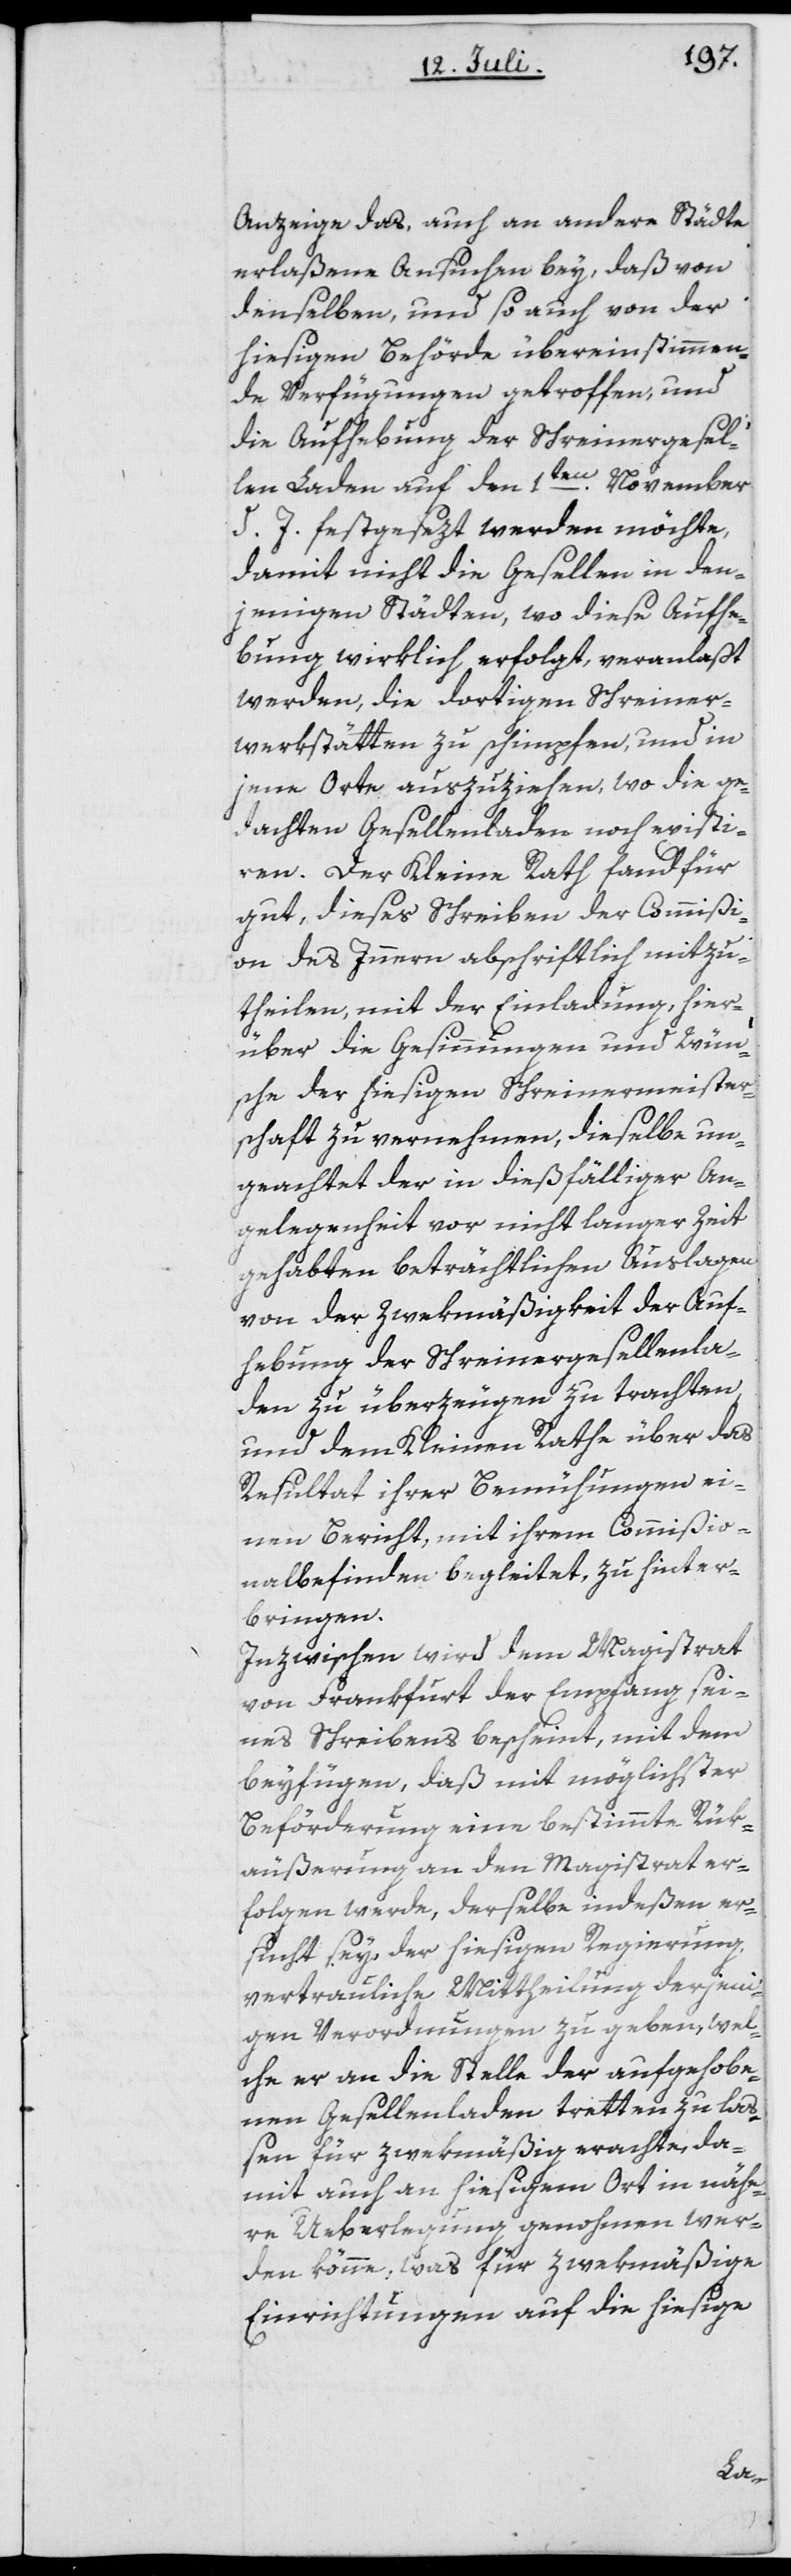
Anzeige das, auch an andere Städte
erlaßene Ansuchen bey, daß von
denselben, und so auch von der
hiesigen Behörde übereinstimmen¬
de Verfügungen getroffen, und
die Aufhebung der Schreinergesel¬
len Laden auf den 1ten November
d. J. festgesezt werden möchte,
damit nicht die Gesellen in den¬
jenigen Städten, wo diese Aufhe¬
bung wirklich erfolgt, veranlasst
werden, die dortigen Schreiner¬
werkstätten zu schimpfen, und in
jene Orte auszuziehen, wo die ge¬
dachten Gesellenladen noch existi¬
ren. Der Kleine Rath fand für
gut, dieses Schreiben der Commißi¬
on des Innern abschriftlich mitzu¬
theilen, mit der Einladung, hier¬
über die Gesinnungen und Wün¬
sche der hiesigen Schreinermeister¬
schaft zu vernehmen, dieselbe un¬
geachtet der in dießfälliger An¬
gelegenheit vor nicht langer Zeit
gehabten beträchtlichen Auslagen
von der Zwekmäßigkeit der Auf¬
hebung der Schreinergesellenla¬
den zu überzeugen zu trachten,
und dem Kleinen Rathe über das
Resultat ihrer Bemühungen ei¬
nen Bericht, mit ihrem Commißio¬
nalbefinden begleitet, zu hinter¬
bringen.
Inzwischen wird dem Magistrat
von Frankfurt der Empfang sei¬
nes Schreibens bescheint, mit dem
beyfügen, daß mit möglichster
Beförderung eine bestimmte Rük¬
äußerung an den Magistrat er¬
folgen werde, derselbe indeßen er¬
sucht sey, der hiesigen Regierung
vertrauliche Mittheilung derjeni¬
gen Verordnungen zu geben, wel¬
che er an die Stelle der aufgehobe¬
nen Gesellenladen tretten zu laß¬
en für zwekmäßig erachte, da¬
mit auch an hiesigem Ort in nähe¬
re Ueberlegung genohmen wer¬
den könne, was für zwekmäßige
Einrichtungen auf die hiesige